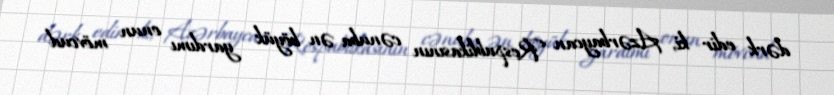
dərk edir ki, Azərbaycan Respublikasının cənuba ən böyük yardımı onun mövcud